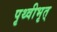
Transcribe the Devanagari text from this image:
पृथ्वीभृत्